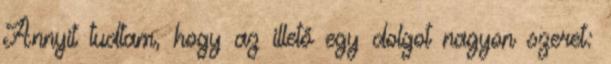
Annyit tudtam, hogy az illető egy dolgot nagyon szeret: